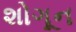
શોગૂન